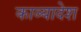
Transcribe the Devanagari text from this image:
काव्यादेश